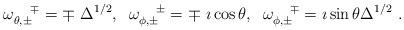
LaTeX: \begin{align*}\omega_{\theta,\pm}^{~~~\mp}= \mp~\Delta^{1/2},\;\;\omega_{\phi,\pm}^{~~~\pm}= \mp~ \imath \cos{\theta},\;\; \omega_{\phi,\pm}^{~~~\mp}= \imath \sin{\theta}\Delta^{1/2}~.\end{align*}